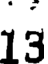
13